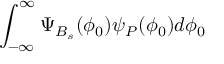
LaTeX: \int _ { - \infty } ^ { \infty } \Psi _ { B _ { s } } ( \phi _ { 0 } ) \psi _ { P } ( \phi _ { 0 } ) d \phi _ { 0 }